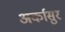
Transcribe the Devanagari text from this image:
अर्कासुर